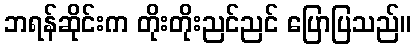
ဘရန်ဆိုင်းက တိုးတိုးညင်ညင် ပြောပြသည်။